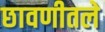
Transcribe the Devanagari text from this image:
छावणीतले